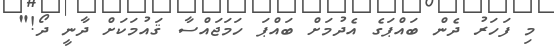
މި ފަހަރު ދެން ބައްޕަގެ އެދުމަށް ބައްޕަ ހަމަޖައްސާ ޤައުމަކަށް ދާނީ ދޯ!"